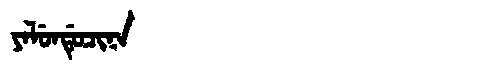
Manchu: ᠶᠠᠯᡠᠨᡩᡠᠴᡳᠨᠠ
Romanization: YALUNDUCINA